Studies on the mouth parts a Comparative anatomy of the proboscis in the blood-sucking muscidae - Number 60
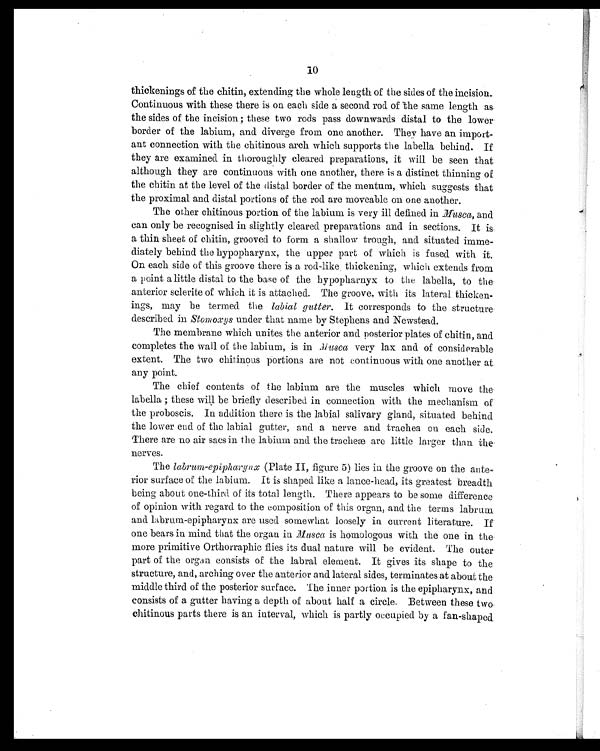
10
thickenings of the chitin, extending the whole length of the sides of the incision.
Continuous with these there is on each side a second rod of the same length as
the sides of the incision; these two rods pass downwards distal to the lower
border of the labium, and diverge from one another. They have an import-
ant connection with the chitinous arch which supports the labella behind. If
they are examined in thoroughly cleared preparations, it will be seen that
although they are continuous with one another, there is a distinct thinning of
the chitin at the level of the distal border of the mentum, which suggests that
the proximal and distal portions of the rod are moveable on one another.
The other chitinous portion of the labium is very ill defined in Musca, and
can only be recognised in slightly cleared preparations and in sections. It is
a thin sheet of chitin, grooved to form a shallow trough, and situated imme-
diately behind the hypopharynx, the upper part of which is fused with it.
On each side of this groove there is a rod-like thickening, which extends from
a point a little distal to the base of the hypopharnyx to the labella, to the
anterior sclerite of which it is attached. The groove, with its lateral thicken-
ings, may be termed the labial gutter. It corresponds to the structure
described in Stomoxys under that name by Stephens and Newstead.
The membrane which unites the anterior and posterior plates of chitin, and
completes the wall of the labium, is in Musca very lax and of considerable
extent. The two chitinous portions are not continuous with one another at
any point.
The chief contents of the labium are the muscles which move the
labella; these will be briefly described in connection with the mechanism of
the proboscis. In addition there is the labial salivary gland, situated behind
the lower end of the labial gutter, and a nerve and trachea on each side.
There are no air sacs in the labium and the tracheæ are little larger than the
nerves.
The labrum-epipharynx (Plate II, figure 5) lies in the groove on the ante-
rior surface of the labium. It is shaped like a lance-head, its greatest breadth
being about one-third of its total length. There appears to be some difference
of opinion with regard to the composition of this organ, and the terms labrum
and labrum-epipharynx are used somewhat loosely in current literature. If
one bears in mind that the organ in Musca is homologous with the one in the
more primitive Orthorraphic flies its dual nature will be evident. The outer
part of the organ, consists of the labral element. It gives its shape to the
structure, and, arching over the anterior and lateral sides, terminates at about the
middle third of the posterior surface. The inner portion is the epipharynx, and
consists of a gutter having a depth of about half a circle. Between these two
chitinous parts there is an interval, which is partly occupied by a fan-shaped.